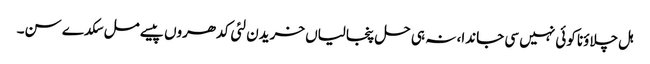
ہل چلاؤنا کوئی نہیں سی جاندا، نہ ہی حل پنجالیاں خریدن لئی کدھروں پیسے مل سکدے سن۔